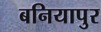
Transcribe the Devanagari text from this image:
बनियापुर